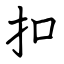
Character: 扣